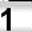
Digit: 1